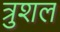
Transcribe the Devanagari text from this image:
त्रुशल